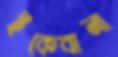
ইকেবানা